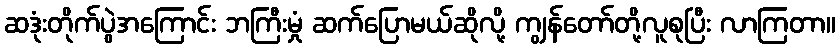
ဆဒုံးတိုက်ပွဲအကြောင်း ဘကြီးမှုံ ဆက်ပြောမယ်ဆိုလို့ ကျွန်တော်တို့လူစုပြီး လာကြတာ။